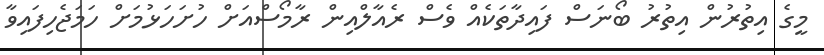
މީގެ އިތުރުން އިތުރު ބޯނަސް ފައިދާތަކެއް ވެސް ރެއާލްއިން ރާމޯސްއަށް ހުށަހަޅުމަށް ހަމަޖެހިފައިވާ